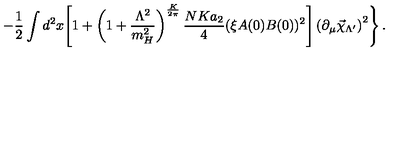
\left. - \frac 1 2 \int d ^ { 2 } x \Biggl [ 1 + \left( 1 + \frac { \Lambda ^ { 2 } } { m _ { H } ^ { 2 } } \right) ^ { \frac { K } { 2 \pi } } \frac { N K a _ { 2 } } { 4 } ( \xi A ( 0 ) B ( 0 ) ) ^ { 2 } \Biggr ] \left( \partial _ { \mu } \vec { \chi } _ { \Lambda ^ { \prime } } \right) ^ { 2 } \right\} .